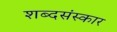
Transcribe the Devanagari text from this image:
शब्दसंस्कार